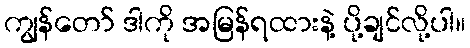
ကျွန်တော် ဒါကို အမြန်ရထားနဲ့ ပို့ချင်လို့ပါ။